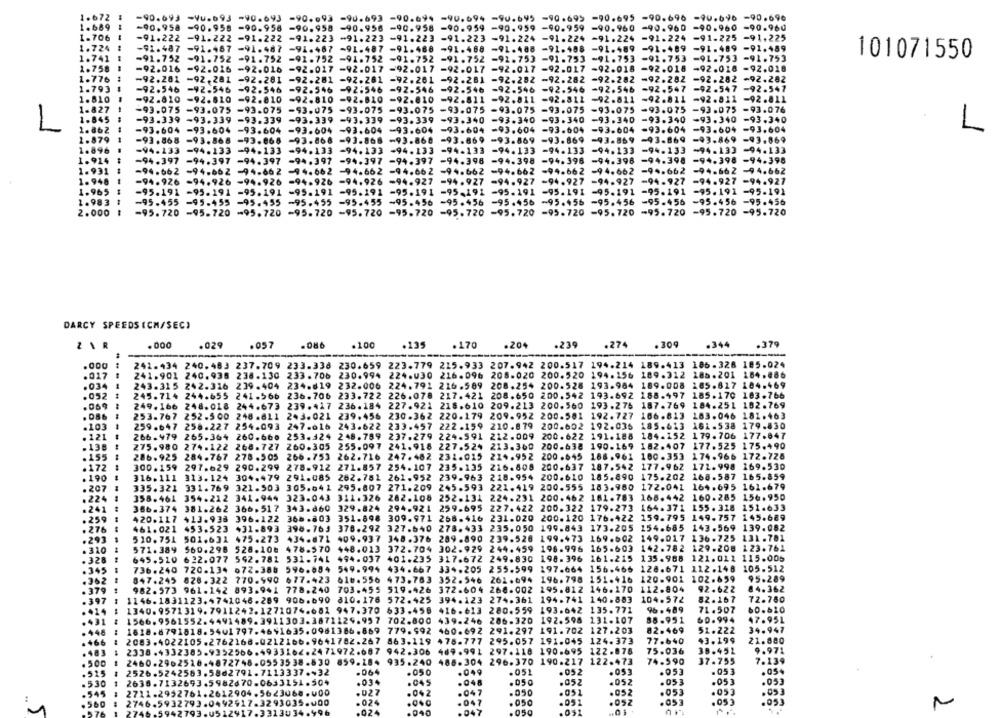
1.672
-90.693 -Vu.693 -90.693 -90.093 -90.693 -90.694 -90.694 -90.695 -90.695 -90.695 -90.696 -90.696 -90.696
1.689
-90.958 -90.958 -90.958 -90.958 -90.958 -90.958 -90.959 -90.959 -90.959 -90.960 -90.960
-90.960 -90.960
1.706
-91.222
⑉91.223 ⑉91.223 -91.223 -91.223 -91.224 -91.224 -91.224 -91.224
-91-225 -91.225
1.724
-91.487 -91.487 -91.487 -91.487 -91.487 -91.488
-91.468
-91.488 -91.488 -91.489 -91.489
-91.489 -91.459
1.741
-91.752
-91.752 -91.752 -91.752 -91.752 -91.752
-92.753 -91.753 -91.753 -91.753
-91.753
-91.753
101071550
-91.752
1.758
-92.016 -92.016 -92.016
-92.017 -92.017
-92.017
-92.017
-92.017 -92.017 -92.018 -92.018
⑉92.018 -92.018
1.776
-92.201 -92.281 -92.281
-92.281 -92.261
-92.261
-92.281 -92.282 -92.282
-92.282 -92.282
-92.282 -92.282
1.793
-92.546 -92.546
-92.546
-92.546 -92:546
-92-546
-92.546
-92.546 -92.546
-92.546 -92.547
-92.547 -92.547
1.810
-92.810 -92.810 -92.810
⑉92.810 -92.810 -92.810
-92.811
-92.811 -92.811
-92.811 -92.811
-92.011 -92.811
1.827
⑉93.075 -93.075 -93.075 -93.075
-93.075
-93.076
-93.075 -93.075 -93.075
-93.075
-93.075 -93.075
-93.075
1.845
-93.339 -93.339 -93.339 -93.339 -93.339 -93.339
-93.340
-93.340 -93.340
-93.340
-93.340
-93.340
-93.340
L
2. 862
-93.604 -93.604 -93.604
-93.604 -93.604 -93.604
-93.604
-93.604 -93.604
-93.604 -93.604
-93.604 -93.604
L
2.879
-93.868 -93.868 -93.066
-93.868 -93.868 -93.868
-93.869
-93.869 -93.869
-93.869 -93.869
-93.869 -93.869
1.896
-94.133 -94.133 -94.133
-94.133
-94.133
-94.133
-94-133
-94.133 -94.133 -94.133 -94.133
-94.133 -94.133
1.914
-94.397 -94.397 -94.397
-94.397
-94.397 -94.397
-94.398
-94.398 -94.396
-94.398 -94.398
-94.398 -94-398
1.931
-94.662 -94-662 -94-662
-94.662 -94.662 -94.662
-94.662
-94.662
-94.662
-94.662 -94.662
-94-662 -94.662
1. 948
-94.927 -94.927
=94.927
-94.927 -94.927
-94.926 -94.926 -94.926
-94.926 -94.926 -94.927
-94.927
-94.927
1.965
-95.191 -95.191 -95.191
-95.191 -95.191 -95.191
-95-191
-95.191 -95.191 -95.191 -95.191 -95.191 -95-191
1.983
-95.455 -95.455
-95.455
-95.455
-95.455 ~95.456
-95.456
-95.456 -95.456
-95.456 -95.456
-95.456 -95.456
2.000
-95.720 -95.720 -95.720 -95.720
-95.720 -95.720
-95.720
-95.720
-95.720 -95.720
-95.720
-95.720 -95.720
DARCY SPEEDS ICH/SEC)
ZAR
.000
.029
.057
.086
.100
.135
.170
.20+
.239
.274
.309
.344
.379
.000
241.434 240.483 237.709 233.338 230.659 223.779 215.933 207.942 200.517 194.214 189.413 186-328 185.024
. 017
241.901 240.938 238.130
233.706 230.994 224.030 216.096 208.020 200.520 194.156 189.312 185.201 184.886
.034
243.315 242.316
239.404
234.619 232.006 224.791 216.509 208.254 200.528 193-984 189.008 285.817 104.469
052
245.714 244.655 241.566
236.706 233.722 226.078 217.421 208.650 200.542 193.692 188.497 185.170 103.766
.59
---
249.166 248.018 244.673 239.417 236.184 227.921 218.610 209.213 200.560 193.276 187.769 184.251 182.769
253.767 252.500 248 .611
243.021 239.456
230.362 220.179 209.952 200.501 192.727 106.813
183.046 181.463
.103
259.647 256.227 254.093
247.616 243.622 233.457 222.159 210.879 200.602 192.036 185.613 161.538 179.830
.121
266.479 265.364 260.660 253.124 248.789 237.279 224.591
212.009 200.622 191.188
184.152 179.706 177.047
.138
275.980 274.122 268.727 260.305 255.097 241.918 227.524
213.360 200-638 190.169 182.407
177.525 175.490
.155
286.925 284.767 278.505
266.753 262.716 247.482 231.015 224.952 200.645 188.961 100.353
174.966 172.728
.172
300.159 297.629 290.299 278-912 271.857 254.107 235.135 216.808 200.637 187.542 177.962 172.998 169.530
. 190
316.111 313.124 304.479 291.085 262.751 261.952 239-963
218.954 200.610 185.890 175.202 168.587 165.859
. 207
335.321 331.769 321.503 305.641 295.007 271.209 245.593 221.419 200.555 183.980 172.041 164.695 161.679
282.108 252.131 224.231 200.462 161.783
168.442 160-285 156.950
224
358.461 354.212 341.944 323.043 311.326
.241
386-374 381.262 366.517 343.660 329.824
294.921 259.695 227.422 200.322 179.273
164.371 155.328 151.633
420.117 413.938 396.122 366-803 351-898 309.971 268.416 231.020 200.120 176.422 159.795 149-757 145.689
259
276
461.021 453.523
431.893 398.763 378.292 327.540 278.433 235.050 199.843
173.205 154.685 143.569 139.082
.293
510.751 501,631 475.273 434-871 409.937 348.376 289.890
239.526 199.473 169.602 149.017 136.725 131.781
. 310
571.389 560.298 528.106 478-570 448.013 372.704 302.929 244.459 196.996 165-603 142.782 129.200 123.761
. 328
645.510 622.077 592.781 531.741
494.037 401.235 317.672 249.830 198.396 161.215 135.988 121.011 115.005
736.240 720.134 672.386 596.684 549.994 434.667 334.205
255.599
197.664 156.465
128.671 112.148 105.512
.345
. 362
847.245 828.322 770.590 677.423 616.556 473.783 352.546
261.694 196.798 151.416 120.901 102.659
95.289
982.573 961.142 893.941 778.240 703.455 519.426 372.604 268.002 195.812 146.170 112.804
92.622
84.362
. 379
.397
1146.1831123.4741046.289 906.690 810.176 572.425 394.123 274.361 194.741 140.883
104.572
82.167
72.780
. 414
1340.9571319.7911242.1271074.681 947.370 633.456 416.613
280.559 193.642 135.771
96. 489
71.507
60.610
60.994
431
1566,9561552.4491489.3911303.3871129.957 702.800 439.246 286-320 192.598 131.107
88-951
47.951
448
1618.8791818.5401797.4691635.0981386.869 779.992 460.692 291.297 191.702 127.203
82.469
51.222
34.947
21.880
.466
2083.4022105.2762168.0212166.9641782.267 863.119
478-777 295.057 191.045 124.373
77.640
43. 199
2330.4332385.9352566.4933162.2471972.687 942.306
489.991 297.118 190.695
122.878
75.036
38.452
9.971
859.284 935.240 488-304 296.370 190.217 122.473
74.590
37.755
7.139
.
.500
2526.5242583.5862791.7113337.+32
1333
.050
.049
.051
.052
.05
.053
.053
.05.
.530
2638.7132693.5982670.0633151.504
.034
.045
.048
. 050
.052
. 052
.053
.053
.053
.545
2711.2952761.2612904.5623068.000
.027
.042
.047
.050
. 051
.052
.053
.053
.053
2746.5932793.0492917.3293035.000
.024
. 047
.050
.051
.052
.053
.053
.053
2746 -5942793
12917.331303
.024
.040
047
.050